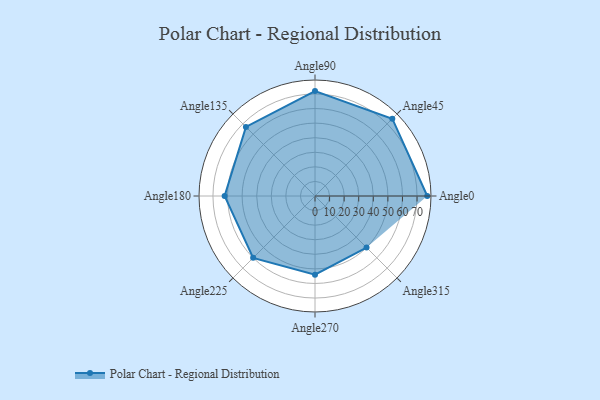
{"axis": {"x": "Angle", "y": "Radius"}, "legend": [""], "data": [{"x": "Angle0", "y": 77.0, "type": ""}, {"x": "Angle45", "y": 75.0, "type": ""}, {"x": "Angle90", "y": 72.0, "type": ""}, {"x": "Angle135", "y": 67.0, "type": ""}, {"x": "Angle180", "y": 62.0, "type": ""}, {"x": "Angle225", "y": 60.0, "type": ""}, {"x": "Angle270", "y": 54.0, "type": ""}, {"x": "Angle315", "y": 50, "type": ""}]}